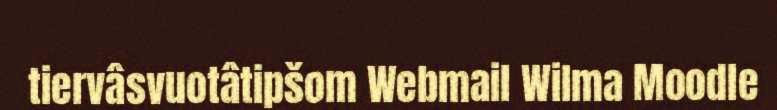
tiervâsvuotâtipšom Webmail Wilma Moodle